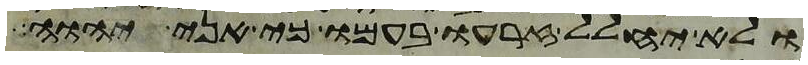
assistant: ולא יחלל זרעו בעמו כי אני יהוה